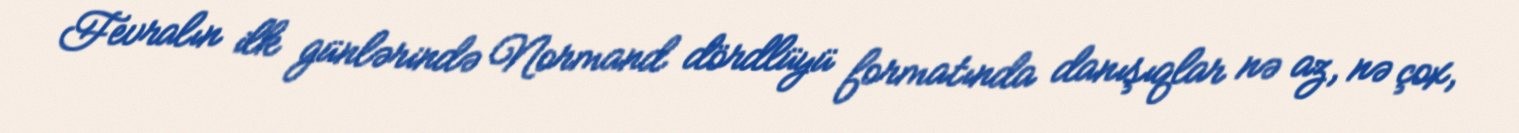
Fevralın ilk günlərində Normand dördlüyü formatında danışıqlar nə az, nə çox,